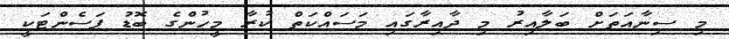
މި ސިނާއަތަށް ބަލާއިރު މި ދާއިރާގައި މަސައްކަތް ކުރާ މީހުންގެ ބޮޑު ޕަސެންޓަކީ